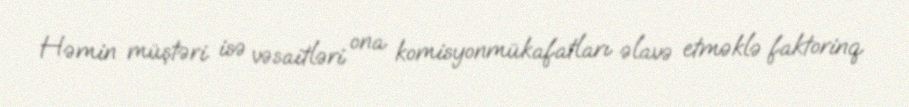
Həmin müştəri isə vəsaitləri ona komisyonmükafatları əlavə etməklə faktorinq